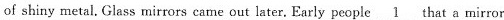
of shiny metal. Glass mirrors came out later. Early people \underline{1} that a mirror